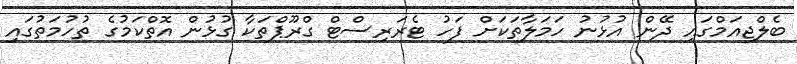
ބެލްޖިއަމްގައި ދޭން އުޅުނު ހަމަލާތަކަށް ފަހު ޓެރަރިސްޓް ގްރޫޕްތަކާ ގުޅުން އޮތްކަމުގެ ތުހުމަތުގައި